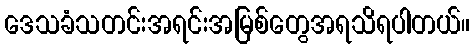
ဒေသခံသတင်းအရင်းအမြစ်တွေအရသိရပါတယ်။